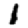
Digit: 1